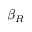
\beta _ { R }